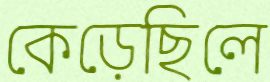
কেড়েছিলে